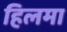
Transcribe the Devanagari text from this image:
हिलमा